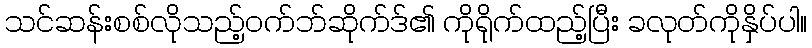
သင်ဆန်းစစ်လိုသည့်ဝက်ဘ်ဆိုက်ဒ်၏ ကိုရိုက်ထည့်ပြီး ခလုတ်ကိုနှိပ်ပါ။